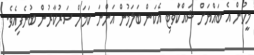
މީހުން އެ ބައްޔަށް ޝައްކުާވޓި އެކަން ބަލަމުން އަންނަ ކަމަށް ސަރުކާރުން ބުނެފިއެވެ.